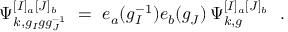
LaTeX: \Psi _ { k , g _ { I } g g _ { J } ^ { - 1 } } ^ { [ I ] _ { a } [ J ] _ { b } } \ = \ e _ { a } ( g _ { I } ^ { - 1 } ) e _ { b } ( g _ { J } ) \, \Psi _ { k , g } ^ { [ I ] _ { a } [ J ] _ { b } } \ \ .